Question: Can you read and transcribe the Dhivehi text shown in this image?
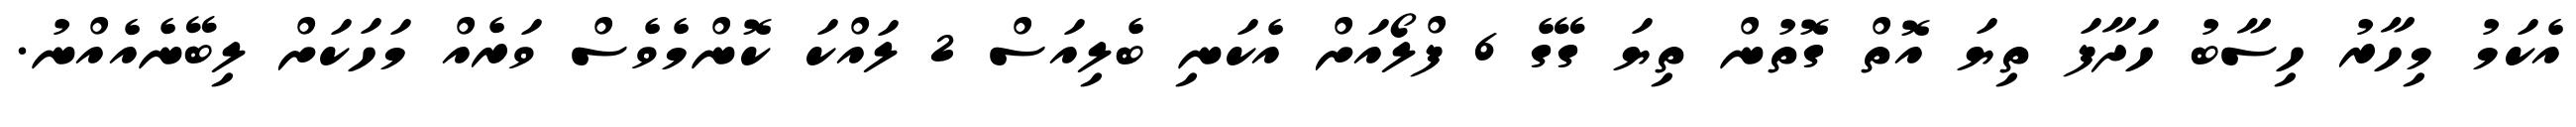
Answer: އެކަމު މިހާރު ހިސާބު ހަދާފަ ތިޔަ އޮތް ގޮތުން ތިޔަ ގޭގެ 6 ފްލޯއަށް އެކަނި ބެލިއަސް 2 ލައްކަ ކޮންމެވެސް ވަރެއް މަހަކަށް ލިބޭނެއެއްނު.